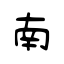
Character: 南